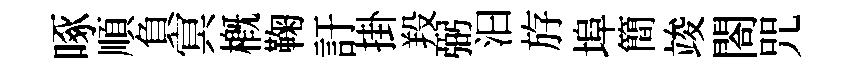
啄順負㝠槪鞠訏掛羖弼汩斿埠簡竣閤咒